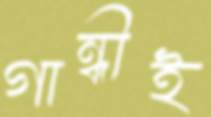
গান্ধীই